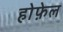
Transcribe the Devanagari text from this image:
होफ़ेल